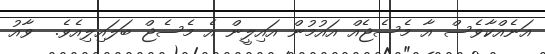
އަނެއްްކާވެސް އާ މެސެޖެއް އައުމުން އައިލީން އެ މެސެޖް ބަލައިލިއެވެ.  ވާއު